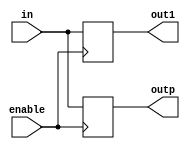

module accumulator(enable,in,out1,outp);
input [7:0]in;
input enable;
output reg [7:0]out1 = 8'h00;
output reg [7:0] outp;

always @(posedge enable)
begin
         out1 <= in;
         outp <= in;
end
endmodule

module tb_acc;
reg[7:0]in;
reg enable;
wire [7:0]out1,outp;

accumulator acc1(enable,in,out1,outp);

initial
begin
in = 8'b11100000;
enable = 1;

end
endmodule